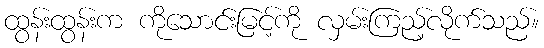
ထွန်းထွန်းက ကိုသောင်းမြင့်ကို လှမ်းကြည့်လိုက်သည်။